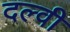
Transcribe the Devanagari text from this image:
दल्वी